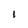
Character: I